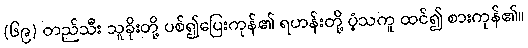
(၆၉) တည်သီး သူခိုးတို့ ပစ်၍ပြေးကုန်၏ ရဟန်းတို့ ပံ့သကူ ထင်၍ စားကုန်၏။